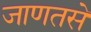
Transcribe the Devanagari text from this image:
जाणतसे